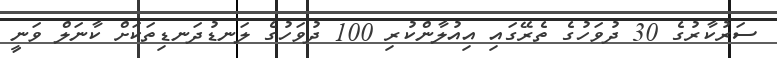
ސަރުކާރުގެ 30 ދުވަހުގެ ތެރޭގައި އިއުލާންކުރި 100 ދުވަހުގެ ލަނޑުދަނޑިތަކަށް ކާނަލް ވަނީ